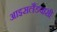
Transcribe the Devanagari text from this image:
आइसलैंडवासी